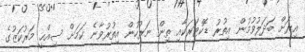
އިރަށް ބަދަލުވުމުން އިތުރު ޑޮކްޓަރަކާއި ތިން ނަރުހުން އިތުރުވާނެ ކަމަށް ސިއްޙީ މަރުކަޒުގެ